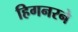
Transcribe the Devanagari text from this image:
हिगनरने